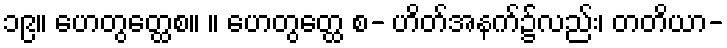
၁၉။ ဟေတွတ္ထေစ။ ။ ဟေတွတ္ထေ စ- ဟိတ်အနက်၌လည်း၊ တတိယာ-